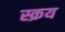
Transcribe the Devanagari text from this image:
स्क्रय